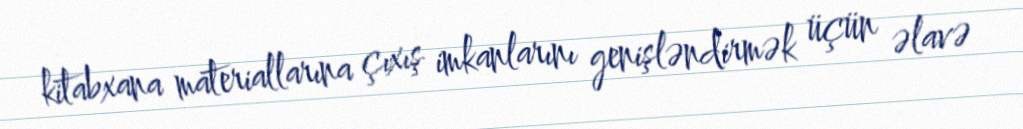
kitabxana materiallarına çıxış imkanlarını genişləndirmək üçün əlavə